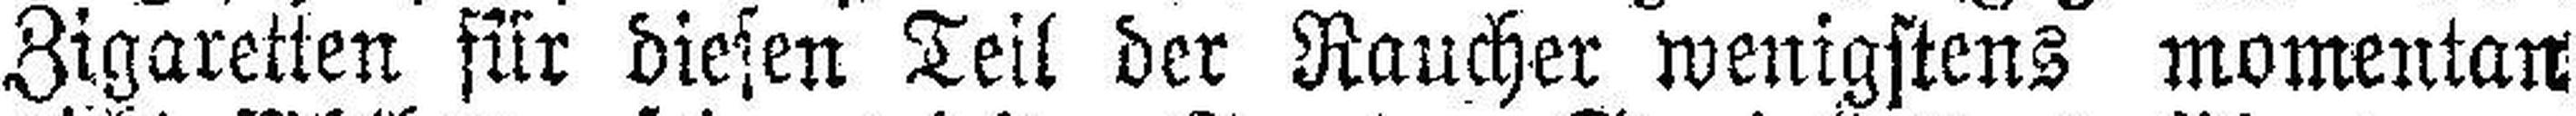
Zigaretten für diesen Teil der Raucher wenigstens momentan